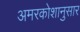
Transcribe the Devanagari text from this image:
अमरकोशानुसार